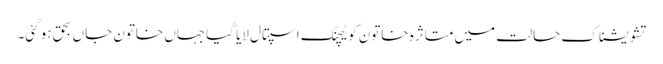
تشویشناک حالت میں متاثرہ خاتون کو ٹیچنگ اسپتال لایا گیاجہاں خاتون جاں بحق ہو گئی۔